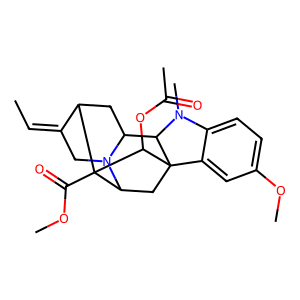
SMILES: CC=C1CN2C3CC1C1(C(=O)OC)C2CC2(c4cc(OC)ccc4N(C)C32)C1OC(C)=O
Inhibits HIV replication: No